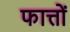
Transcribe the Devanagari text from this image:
फात्तों